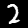
Label: 2